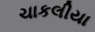
ચાકલીયા